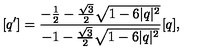
[ q ^ { \prime } ] = \frac { - \frac { 1 } { 2 } - \frac { \sqrt { 3 } } { 2 } \sqrt { 1 - 6 | q | ^ { 2 } } } { - 1 - \frac { \sqrt { 3 } } { 2 } \sqrt { 1 - 6 | q | ^ { 2 } } } [ q ] ,